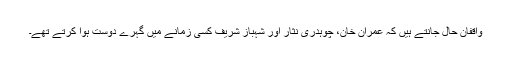
واقفانِ حال جانتے ہیں کہ عمران خان، چوہدری نثار اور شہباز شریف کسی زمانے میں گہرے دوست ہوا کرتے تھے۔